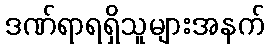
ဒဏ်ရာရရှိသူများအနက်